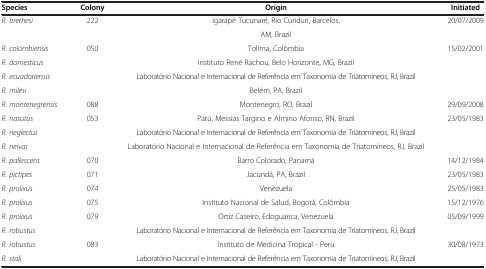
| Species | Colony | Origin | Initiated |
 | --- | --- | --- | --- |
 | R. brethesi | 222 | Igarapé Tucunaré, Rio Curiduri, Barcelos, | 20/07/2009 |
 |  |  | AM, Brazil |  |
 | R. colombiensis | 050 | Tolima, Colômbia | 15/02/2001 |
 | R. domesticus |  | Instituto René Rachou, Belo Horizonte, MG, Brazil |  |
 | R. ecuadoriensis |  | Laboratório Nacional e Internacional de Referência em Taxonomia de Triatomíneos, RJ, Brazil |  |
 | R. milesi |  | Belém, PA, Brazil |  |
 | R. montenegrensis | 088 | Montenegro, RO, Brazil | 29/09/2008 |
 | R. nasutus | 053 | Patú, Messias Targino e Almino Afonso, RN, Brazil | 23/05/1983 |
 | R. neglectus |  | Laboratório Nacional e Internacional de Referência em Taxonomia de Triatomíneos, RJ, Brazil |  |
 | R. neivai |  | Laboratório Nacional e Internacional de Referência em Taxonomia de Triatomíneos, RJ, Brazil |  |
 | R. pallescens | 070 | Barro Colorado, Panamá | 14/12/1984 |
 | R. pictipes | 071 | Jacundá, PA, Brazil | 23/05/1983 |
 | R. prolixus | 074 | Venezuela | 25/05/1983 |
 | R. prolixus | 075 | Instituto Nacional de Salud, Bogotá, Colômbia | 15/12/1976 |
 | R. prolixus | 079 | Ortiz Caseiro, Edoguarica, Venezuela | 05/09/1999 |
 | R. robustus |  | Laboratório Nacional e Internacional de Referência em Taxonomia de Triatomíneos, RJ, Brazil |  |
 | R. robustus | 083 | Instituto de Medicina Tropical - Peru | 30/08/1973 |
 | R. stali |  | Laboratório Nacional e Internacional de Referência em Taxonomia de Triatomíneos, RJ, Brazil |  |